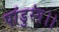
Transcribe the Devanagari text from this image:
पांडुरंग।।